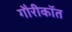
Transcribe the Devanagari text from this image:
गौरीकॉत